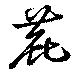
鹿